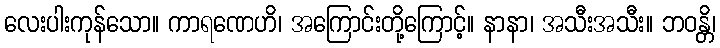
လေးပါးကုန်သော။ ကာရဏေဟိ၊ အကြောင်းတို့ကြောင့်။ နာနာ၊ အသီးအသီး။ ဘဝန္တိ၊